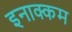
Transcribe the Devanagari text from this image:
इनाक्कम